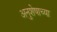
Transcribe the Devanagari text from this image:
अनुशेषाच्या